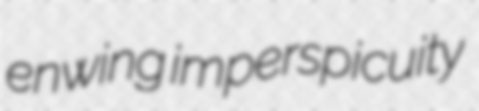
enwing imperspicuity